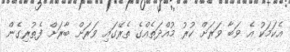
އެކަމަކު އެ ވަބާ ވަރަށް ކުރު މުއްދަތެއްގެ ތެރޭގައި ވަރަށް ބާރަށް ފެތުރިގެން